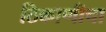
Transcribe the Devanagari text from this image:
ठिकाणीचा